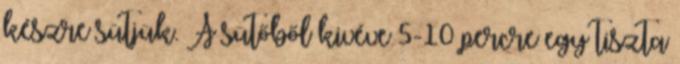
készre sütjük. A sütőből kivéve 5-10 percre egy tiszta